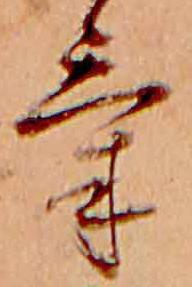
け